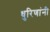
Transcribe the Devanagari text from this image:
धुरिणांनी